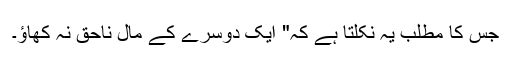
جس کا مطلب یہ نکلتا ہے کہ" ایک دوسرے کے مال ناحق نہ کھاؤ۔